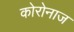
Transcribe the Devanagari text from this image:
कोरोनाज